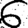
Digit: 6